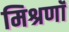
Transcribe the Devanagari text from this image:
मिश्रणॉं